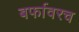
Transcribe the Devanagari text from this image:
बर्फावरच